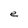
Character: e